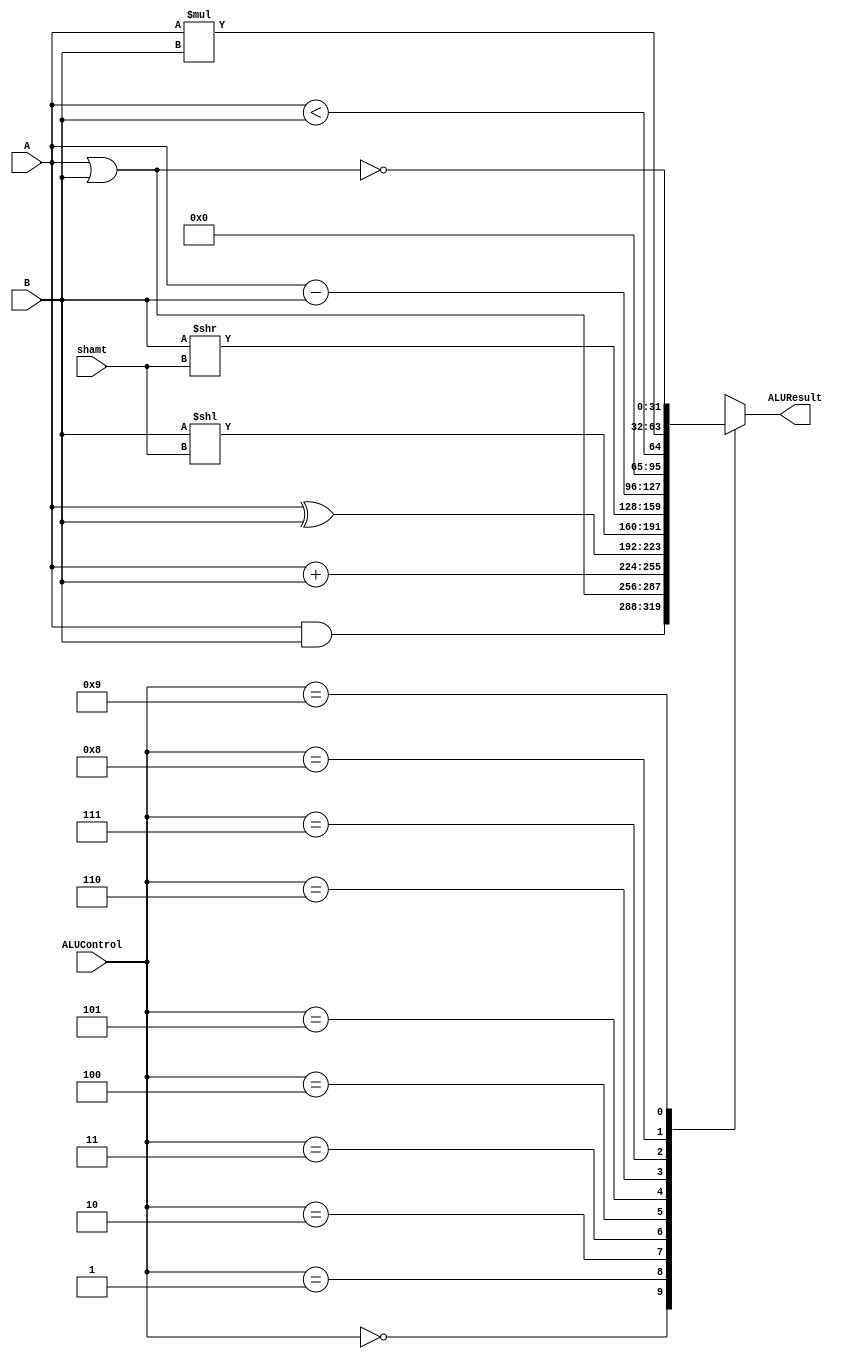
`timescale 1ns / 1ps
`default_nettype none

module ALU32Bit(ALUControl, A, B, shamt,

                ALUResult);

    localparam [3:0]
    AND = 4'd0,
    OR = 4'd1,
    ADD = 4'd2,
    XOR = 4'd3,
    SLL = 4'd4,
    SRL = 4'd5,
    SUB = 4'd6,
    SLT = 4'd7,
    MUL = 4'd8,
    NOR = 4'd9;

	input [3:0] ALUControl;
	input signed [31:0] A, B;
	input [4:0] shamt;

	output reg signed [31:0] ALUResult;
    
    always@(*) begin
        case(ALUControl)
            AND: ALUResult <= A & B;
            OR: ALUResult <= A | B;
            ADD: ALUResult <= A + B;
            XOR: ALUResult <= A ^ B;
            SLL: ALUResult <= B << shamt;
            SRL: ALUResult <= B >> shamt;
            SUB: ALUResult <= A - B;
            SLT: ALUResult <= (A < B);
            MUL: ALUResult <= A * B;
            NOR: ALUResult <= ~(A | B);
            default: ALUResult <= 32'bX;
        endcase
    end

endmodule